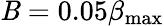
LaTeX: \mathit{B}=0.05\beta_{\mathrm{{max}}}